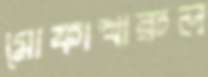
মোফাখারুল